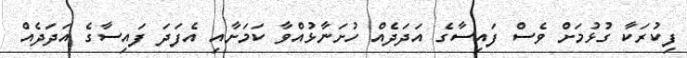
ފިކުރަކާ ގުޅުމަށް ވެސް ފައިސާގެ އަދަދެއް ހުށަނާޅުއްވާ ކަމަށާއި އެފަދަ ފައިސާގެ އަދަދެއް